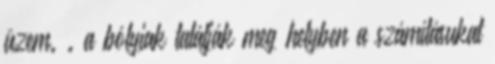
üzem. . a bólyiak találják meg helyben a számításukat